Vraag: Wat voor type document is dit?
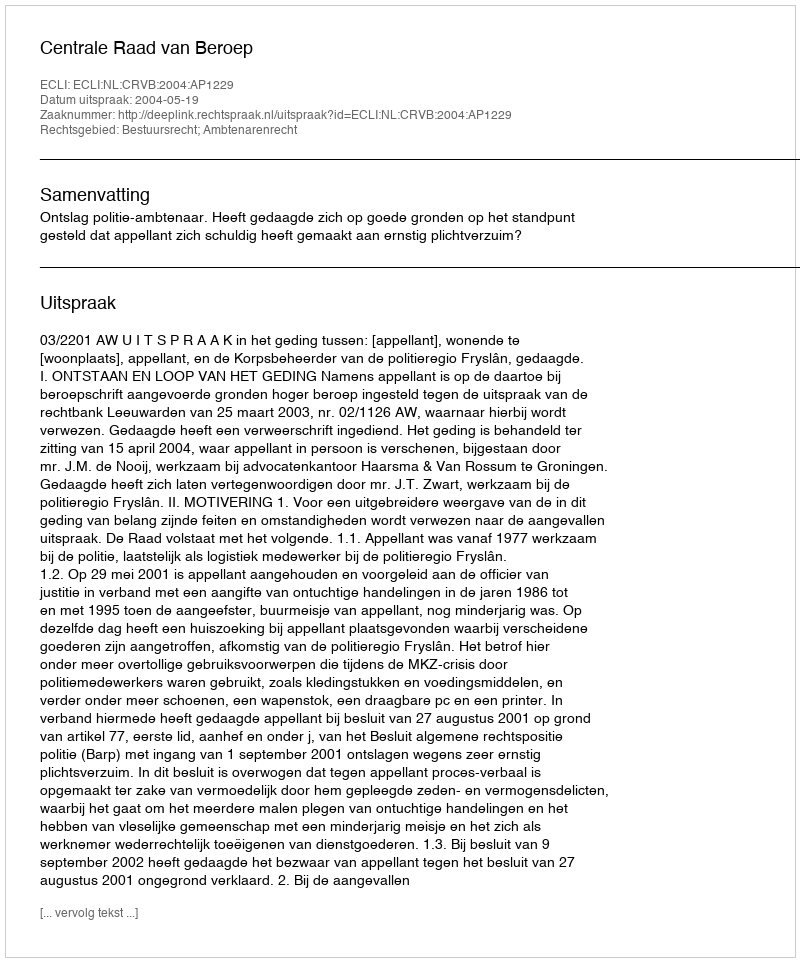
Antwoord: Uitspraak